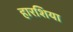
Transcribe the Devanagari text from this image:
हारशिया